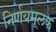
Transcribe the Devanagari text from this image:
निर्णयमूलक